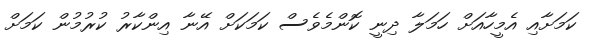
ކަމަށާއި އެމީހާއަށް ހަމަލާ ދިނީ ކޮންމެވެސް ކަމަކަށް އޭނާ އިންކާރު ކުރުމުން ކަމަށް